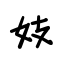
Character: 妓